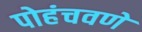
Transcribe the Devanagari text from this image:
पोहंचवणे